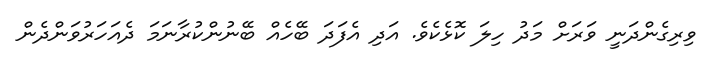
ވިރިގެންދަނީ ވަރަށް މަދު ހިލަ ކޮޅެކެވެ. އަދި އެފަދަ ބޭހެއް ބޭނުންކުރާނަމަ ދެއަހަރުވަންދެން